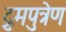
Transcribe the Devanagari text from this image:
द्रुमपुत्रेण